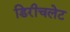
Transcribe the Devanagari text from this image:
डिरीचलेट